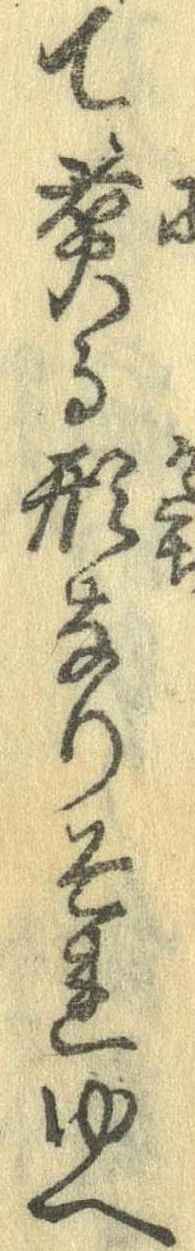
て煮る形なりそれゆへ